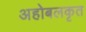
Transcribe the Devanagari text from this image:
अहोबलकृत